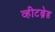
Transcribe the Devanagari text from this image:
व्हीटब्रेड